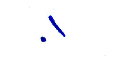
٠١